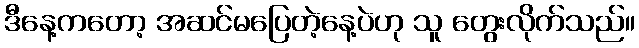
ဒီနေ့ကတော့ အဆင်မပြေတဲ့နေ့ပဲဟု သူ တွေးလိုက်သည်။